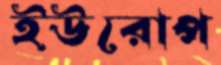
ইউরোপ